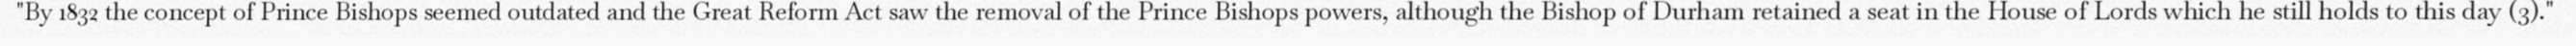
"By 1832 the concept of Prince Bishops seemed outdated and the Great Reform Act saw the removal of the Prince Bishops powers, although the Bishop of Durham retained a seat in the House of Lords which he still holds to this day (3)."